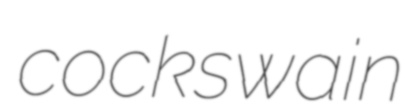
cockswain